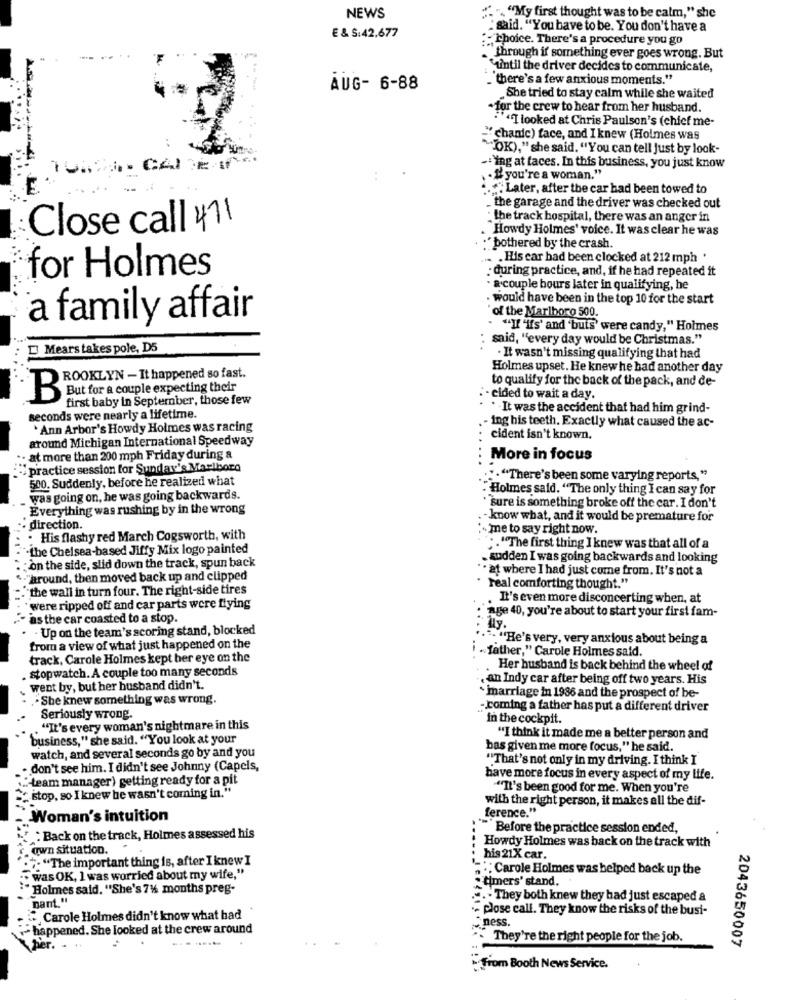
NEWS
""""My first thought was to be calm," she
: said. "You have to be. You don't have a
E & S:42,677
: Choice. There's a procedure you go
through if something ever goes wrong. But
"until the driver decides to communicate,
""there's a few anxious moments."
AUG- 6-88
.She tried to stay calm while she waited
for the crew to hear from her husband.
.""I looked at Chris Paulson's (chief me-
"chanic) face, and I knew (Holmes was
"OK)," she said. "You can tell Just by look-
:`ing at faces. In this business, you just know
. . " you're a woman."
.""Later, after the car had been towed to
the garage and the driver was checked out
: the track hospital, there was an anger in
Close call 471
Howdy Holmes' voice. It was clear he was
:"bothered by the crash.
.. His car had been clocked at 212 mph .
for Holmes
: during practice, and, if he had repeated it
a couple hours later in qualifying, he
. would have been in the top 10 for the start
of the Marlboro 500.
a family affair
""I "if's' and 'buts' were candy," Holmes
said, "every day would be Christmas."
Mears takes pole, D5
. It wasn't missing qualifying that had
Holmes upset. He knew he had another day
ROOKLYN - It happened so fast.
to qualify for the back of the pack, and de-
But for a couple expecting their
B
first baby in September, those few
- cided to wait a day.
. It was the accident that had him grind-
seconds were nearly a lifetime.
* Ann Arbor's Howdy Holmes was racing
- ing his teeth. Exactly what caused the ac-
around Michigan International Speedway
cident isn't known.
.- at more than 200 mph Friday during a
More in focus
practice session for Sunday's Marlboro
500. Suddenly, before he realized what
.""There's been some varying reports,"
.Holmes said. "The only thing I can say for
was going on, he was going backwards.
Everything was rushing by in the wrong
·"sure is something broke off the car. I don't
know what, and it would be premature for
direction.
..
- me to say right now.
. His flashy red March Cogsworth, with
"-the Chelsea-based Jiffy Mix logo painted
;. "The first thing I knew was that all of a
on the side, slid down the track, spun back
.sudden I was going backwards and looking
** at where I had just come from. It's not a
"around, then moved back up and clipped
........
"the wall in turn four. The right-side tires
real comforting thought."
. It's even more disconcerting when, at
were ripped off and car parts were fiying
as the car coasted to a stop.
age 40, you're about to start your first fam-
· Up on the team's scoring stand, blocked
". "He's very, very anxious about being a
from a view of what just happened on the
"father," Carole Holmes said.
track, Carole Holmes kept her eye on the
. stopwatch. A couple too many seconds
Her husband is back behind the wheel of
, an Indy car after being off two years. His
went by, but her husband didn't.
.- She knew something was wrong.
* marriage in 1986 and the prospect of be-
-coming a father has put a different driver
Seriously wrong.
in the cockpit.
. "It's every woman's nightmare in this
business," she said. "You look at your
"I think it made me a better person and
bas given me more focus," he said.
watch, and several seconds go by and you
"That's not only in my driving. I think I
. don't see him. I didn't see Johnny (Capcis,
... team manager) getting ready for a pit
have more focus in every aspect of my life.
""It's been good for me. When you're
"stop, so I knew he wasn't coming in."
with the right person, it makes all the dif-
ference."
Woman's intuition
"""Before the practice session ended,
:Back on the track, Holmes assessed his
c. own situation.
Howdy Holmes was back on the track with
.: "The important thing is, after I knew I
his 21X car.
Carole Holmes was helped back up the
:" was OK, I was worried about my wife,"
-timers' stand.
"Holmes said. "She's 7%6 months preg-
Dant."
.. . They both knew they had just escaped a
- close call. They know the risks of the busi-
Carole Holmes didn't know what had"
ness.
happened. She looked at the crew around
. They're the right people for the job.
2043650007
From Booth News Service.